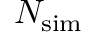
N _ { \mathrm { s i m } }